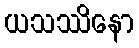
ယသဿိနော